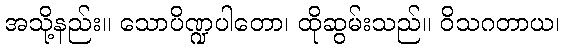
အသို့နည်း။ သောပိဏ္ဍပါတော၊ ထိုဆွမ်းသည်။ ဝိသဂတာယ၊